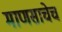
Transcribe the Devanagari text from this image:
माणसाचेच